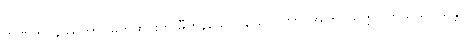
တိဏကဋ္ဌနိဿိတာ၊ မြက်ထင်းကို မှီကုန်သော။ ယေ ပါဏာ၊ အကြင်သတ္တဝါတို့သည်။ သန္တိ၊